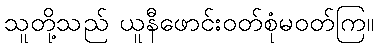
သူတို့သည် ယူနီဖောင်းဝတ်စုံမဝတ်ကြ။